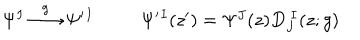
\begin{array} { c c } { { \Psi ^ { I } \stackrel { g } { \longrightarrow } \Psi ^ { \prime } { } ^ { I } } } & { { \Psi ^ { \prime } { } ^ { I } ( z ^ { \prime } ) = \Psi ^ { J } ( z ) D _ { J } ^ { ~ I } ( z ; g ) } } \\ \end{array}